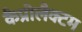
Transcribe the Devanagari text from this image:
कैप्रोलैक्टम